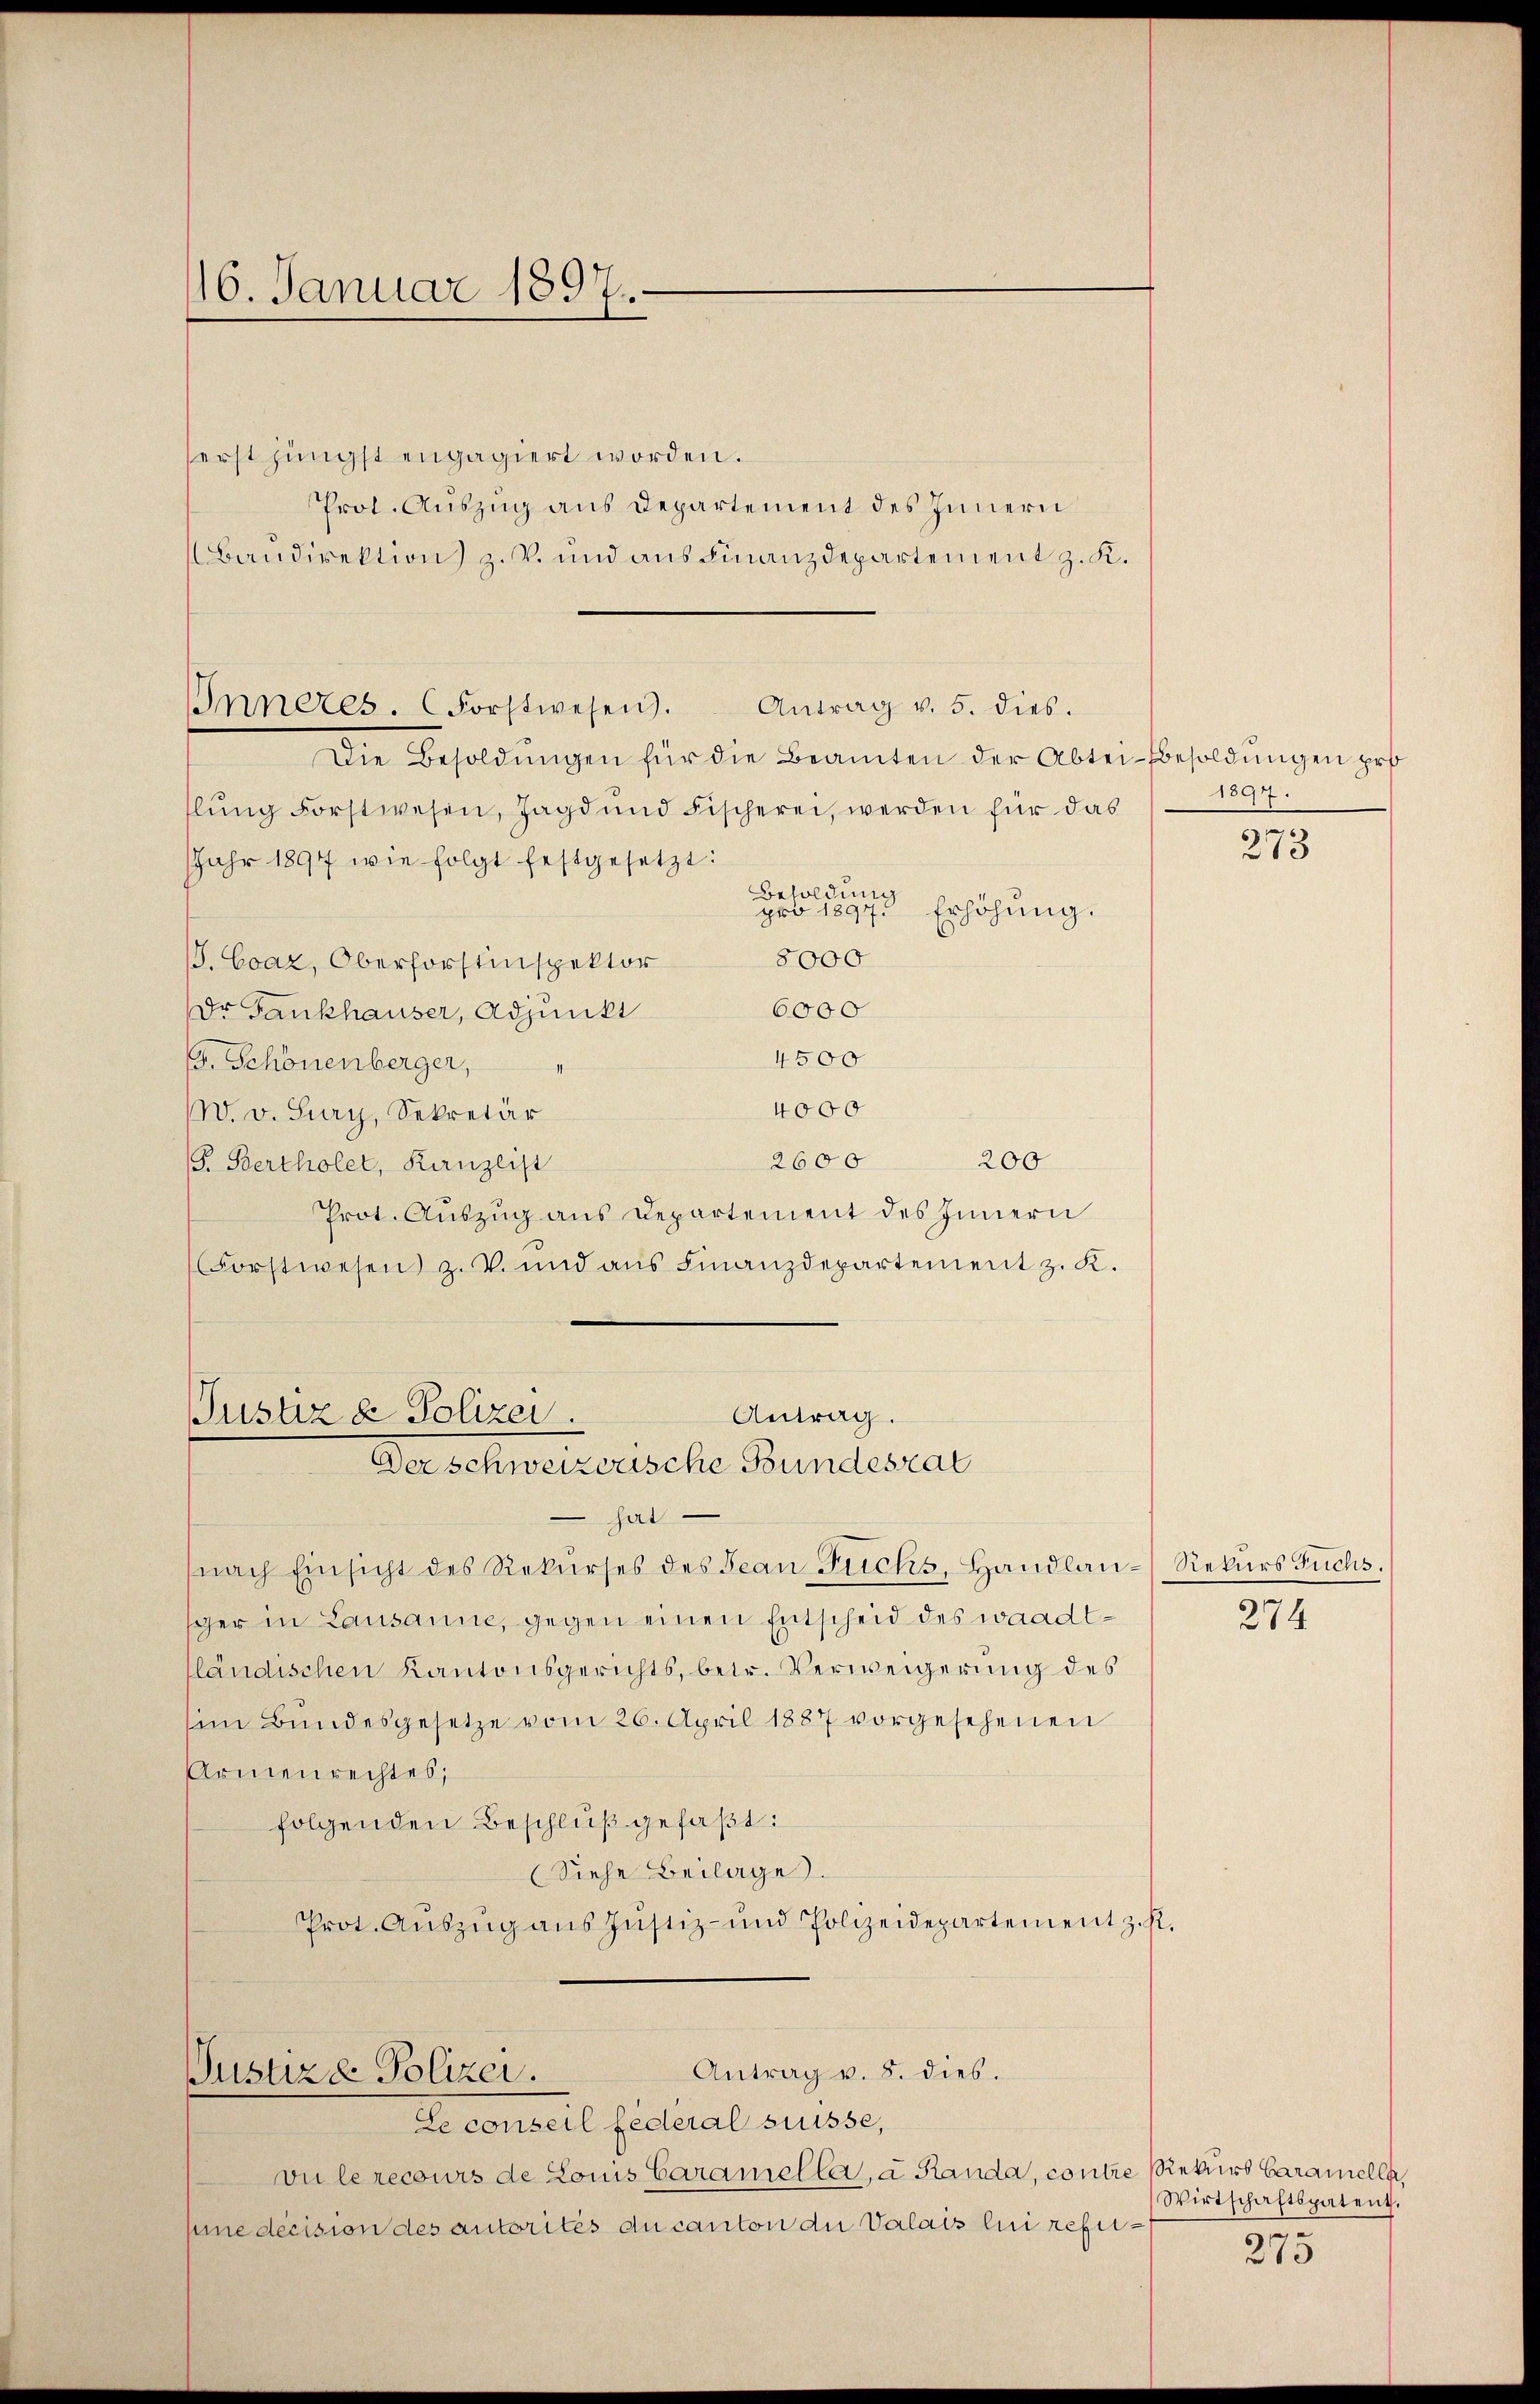
16. Januar 1897.
.

serst jüngst engagiert worden.
Prot. Auszug aus Departement des Innern
Baudirektion z. B. und aus Finanzdepartement z. K.
Inneres. (Forstwesen). Antrag v. 5. dies.
Die Besoldungen für die Beamten der Abtei-Besoldungen pro
flŭng Forstwesen, Jagd und Fischerei, werden für das
Jahr 1897 wie folgt festgesetzt:
Besoldung
pro 1897. Erhöhung.
5000
J. Evaz, Oberforstinspektor
6000
Dr. Fankhauser, Adjunkt
4500
G. Schönenberger,
4000
W. v. Sury, Sekretär
2600
200
P. Bertholet, Kanzlist
Prot. Auszug aus Departement des Innern
Forstwesen z. V. und ans Finanzdepartement z. K.

Antrag.
Justiz & Polizei.
Der schweizerische Bundesrat

hat
(nach Einsicht des Rekŭrses des Jean Fuchs, Handlan- Rekurs Fuchs.
ger in Lausanne, gegen einen Entscheid des waadt-
fländischen Kantonsgerichts, betr. Verweigerung des
im Bundesgesetze vom 26. April 1887 vorgesehenen
Armenrechtes;
folgenden Beschluß gefaßt:
(Siehe Beilage.
Prot. Aŭszŭg aŭs Jŭstiz- und Polizeidepartement z. R.

Justiz & Polizei.
Le conseil federal suisse,

Antrag v. 8. dies.

vu le recours de Louis Caramelle, a Randa, contre Rekurs Caramelle,
sine decision des autorités du canton an Valais lui refe¬

1897.
273

274

Wirtschaftspatent.
e
213